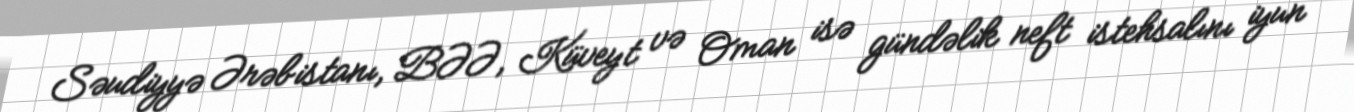
Səudiyyə Ərəbistanı, BƏƏ, Küveyt və Oman isə gündəlik neft istehsalını iyun